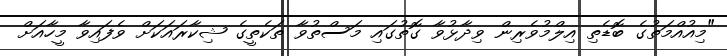
"މިއުއްމަތުގެ ބޮޑެތި އިލްމުވެރިން ވިދާޅުވާ ގޮތުގައި މަސްތުވާ ތަކެތީގެ ޝިކާރައަކަށް ވެފައިވާ މީހާއަށް